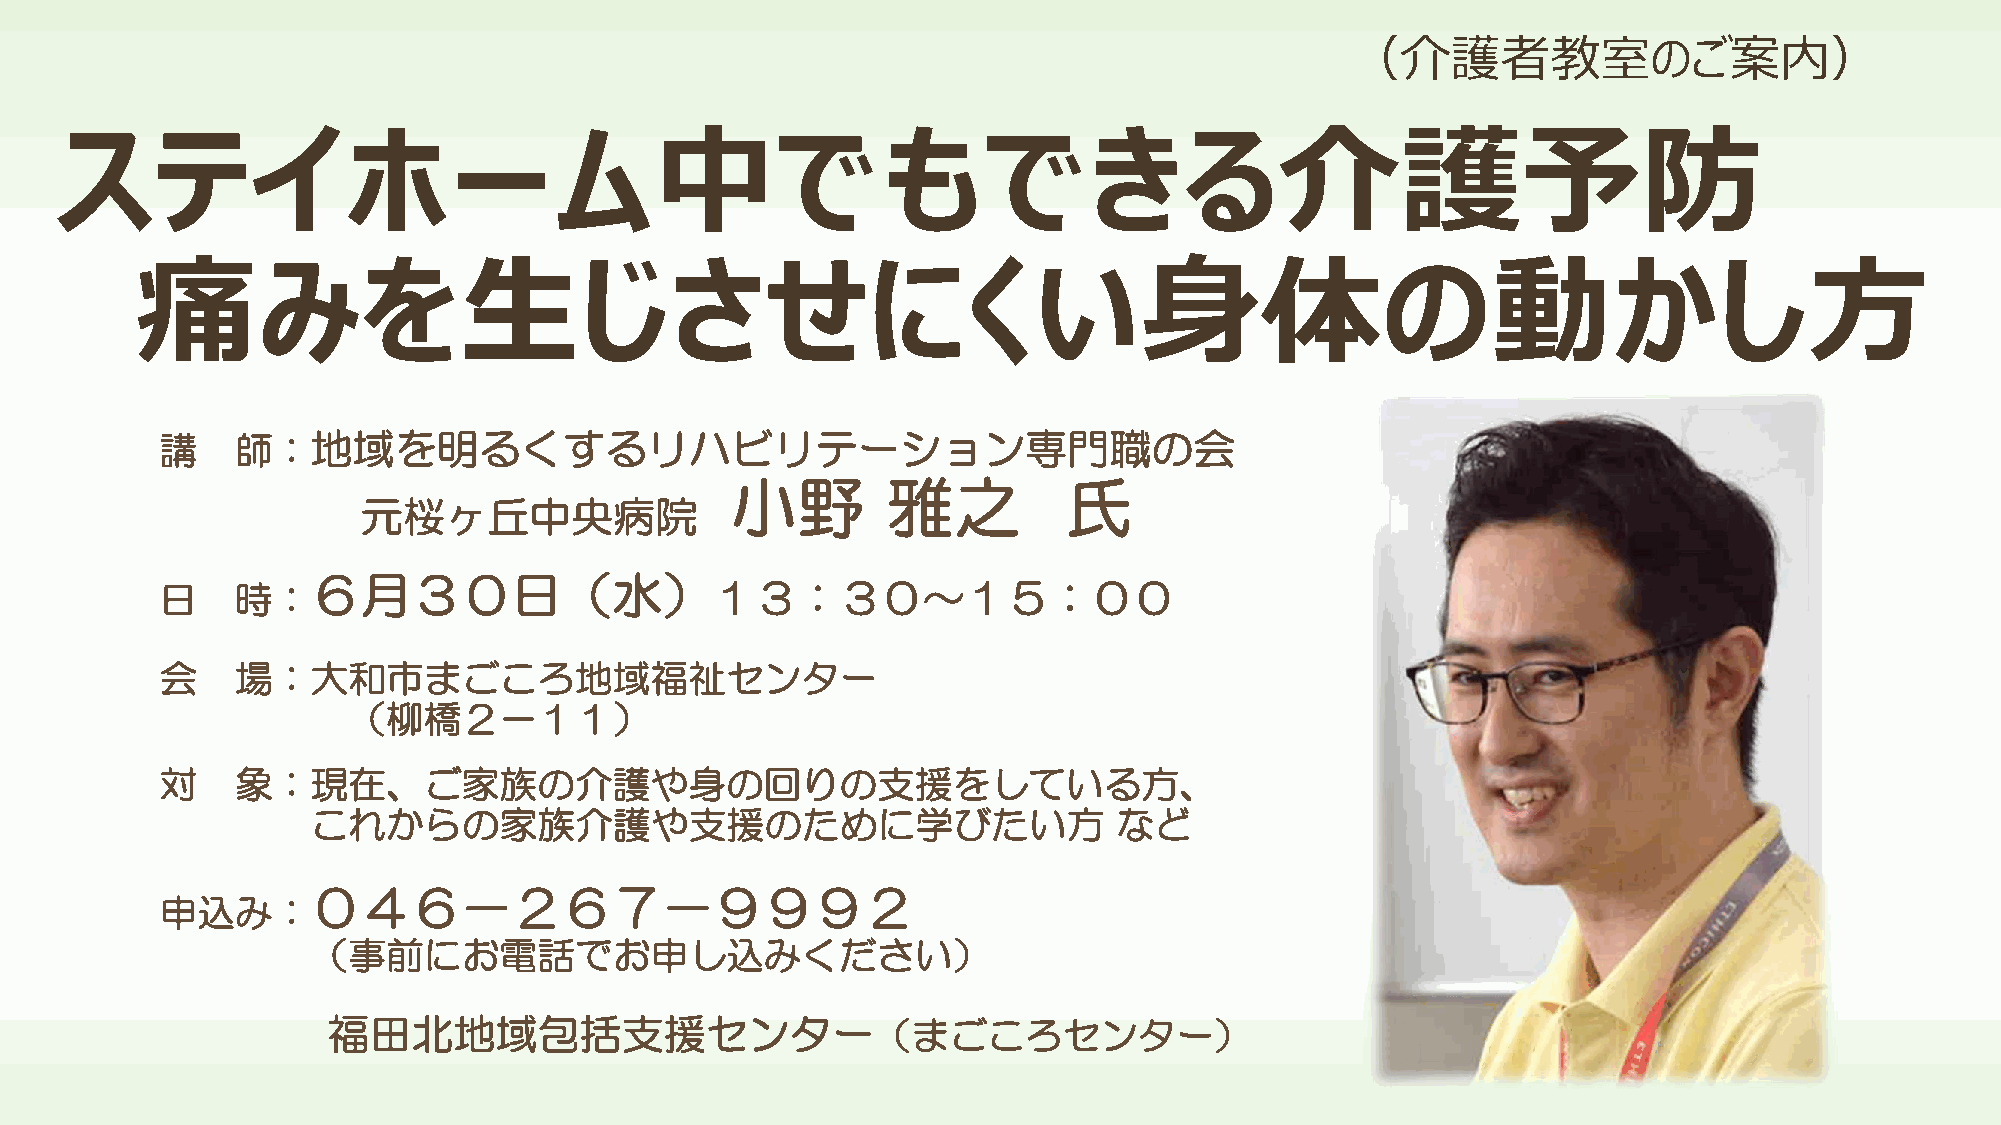
（介護者教室のご案内）
 ステイホーム中でもできる介護予防
 痛みを生じさせにくい身体の動かし方
 講    師：地域を明るくするリハビリテーション専門職の会
 小野         雅之          氏
 元桜ヶ丘中央病院
 ６月３０日（水）
 日    時：                             １３：３０～１５：００
 会    場：大和市まごころ地域福祉センター
 （柳橋２－１１）
 対    象：現在、ご家族の介護や身の回りの支援をしている方、
 これからの家族介護や支援のために学びたい方                                など
 ０４６－２６７－９９９２
 申込み：
 （事前にお電話でお申し込みください）
 福田北地域包括支援センター（まごころセンター）